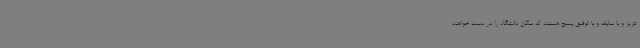
عزیز و با سابقه و با توفیق بسیج هستند که سکان دانشگاه را در دست خواهند